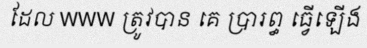
ដែល WWW ត្រូវបាន គេ ប្រារព្ធ ធ្វើឡើង